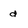
Character: d